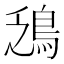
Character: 鴔